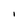
Character: I